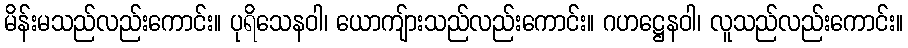
မိန်းမသည်လည်းကောင်း။ ပုရိသေနဝါ၊ ယောကျ်ားသည်လည်းကောင်း။ ဂဟဋ္ဌေနဝါ၊ လူသည်လည်းကောင်း။